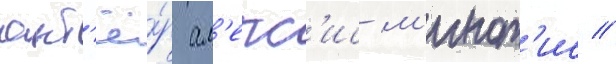
акт'ё́р ал'екс'ис м'инот'ис //